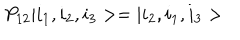
LaTeX: P _ { 1 2 } | i _ { 1 } , i _ { 2 } , i _ { 3 } > = | i _ { 2 } , i _ { 1 } , i _ { 3 } >